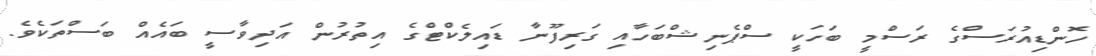
ހޮންޑިއުރަސްގެ ރަސްމީ ބަހަކީ ސްޕެނިޝްބަހާއި ގަރިފޫނާ ޑައިލެކްޓްގެ އިތުރުން އަދިވާސީ ބައެއް ބަސްތަކެވެ.